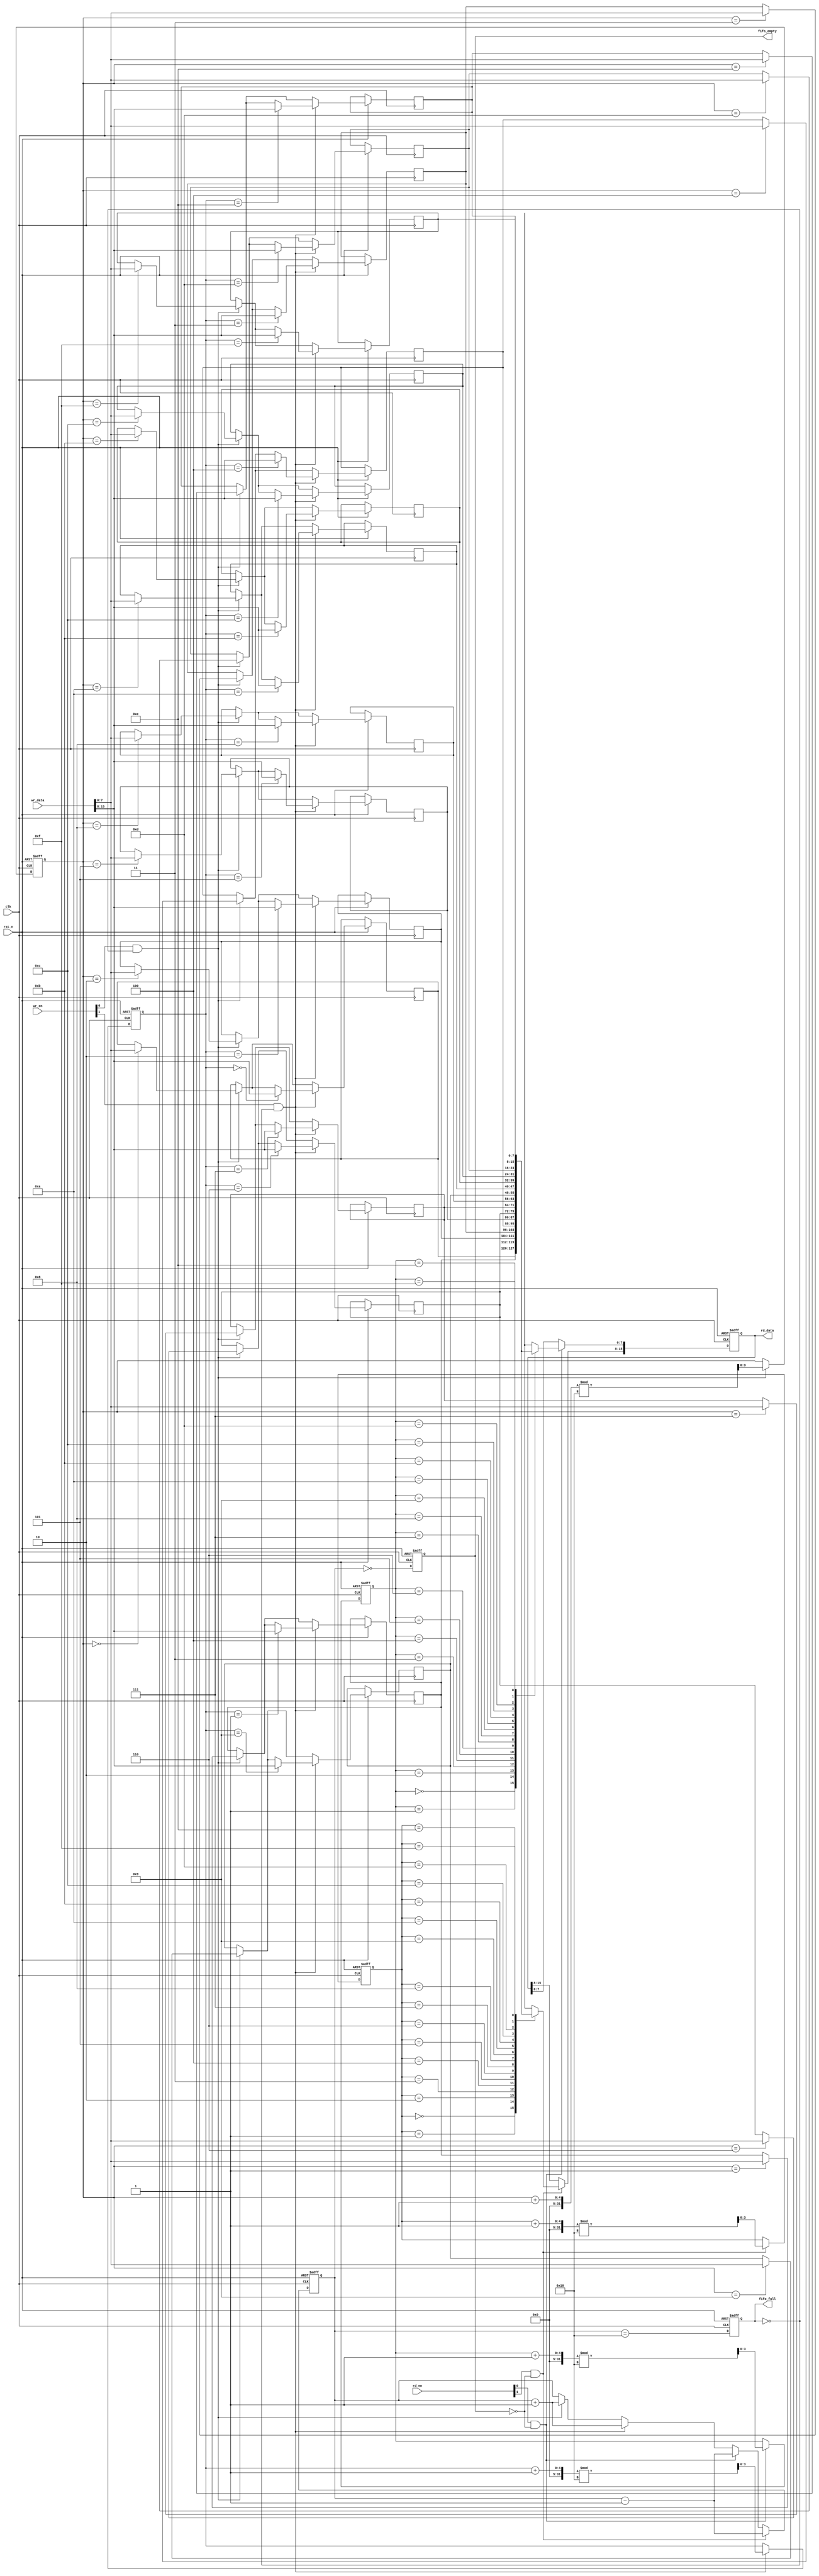
module multiport_fifo #(
    parameter DATA_WIDTH = 8,    // Width of each data entry
    parameter FIFO_DEPTH = 16,    // Depth of the FIFO
    parameter NUM_READ_PORTS = 2, // Number of read ports
    parameter NUM_WRITE_PORTS = 2 // Number of write ports
)(
    input wire clk,
    input wire rst_n,
    
    // Write ports
    input wire [NUM_WRITE_PORTS-1:0] wr_en,          // Write enable for each port
    input wire [NUM_WRITE_PORTS*DATA_WIDTH-1:0] wr_data, // Write data for each port
    
    // Read ports
    input wire [NUM_READ_PORTS-1:0] rd_en,            // Read enable for each port
    output reg [NUM_READ_PORTS*DATA_WIDTH-1:0] rd_data, // Read data for each port
    
    // Status flags
    output reg fifo_full,
    output reg fifo_empty
);

    // Internal memory array
    reg [DATA_WIDTH-1:0] fifo_mem [0:FIFO_DEPTH-1];
    
    // Pointers
    reg [$clog2(FIFO_DEPTH)-1:0] wr_ptr [0:NUM_WRITE_PORTS-1];
    reg [$clog2(FIFO_DEPTH)-1:0] rd_ptr [0:NUM_READ_PORTS-1];
    reg [$clog2(FIFO_DEPTH+1)-1:0] count; // Count of valid entries

    // Initialize pointers and flags
    integer i;
    always @(posedge clk or negedge rst_n) begin
        if (!rst_n) begin
            for (i = 0; i < NUM_WRITE_PORTS; i = i + 1) begin
                wr_ptr[i] <= 0;
            end
            for (i = 0; i < NUM_READ_PORTS; i = i + 1) begin
                rd_ptr[i] <= 0;
            end
            count <= 0;
            fifo_full <= 0;
            fifo_empty <= 1;
            rd_data <= 0;
        end else begin
            // Update FIFO status flags
            fifo_full <= (count == FIFO_DEPTH);
            fifo_empty <= (count == 0);
            
            // Handle write operations
            for (i = 0; i < NUM_WRITE_PORTS; i = i + 1) begin
                if (wr_en[i] && !fifo_full) begin
                    fifo_mem[wr_ptr[i]] <= wr_data[i*DATA_WIDTH +: DATA_WIDTH];
                    wr_ptr[i] <= (wr_ptr[i] + 1) % FIFO_DEPTH;
                    count <= count + 1;
                end
            end
            
            // Handle read operations
            for (i = 0; i < NUM_READ_PORTS; i = i + 1) begin
                if (rd_en[i] && !fifo_empty) begin
                    rd_data[i*DATA_WIDTH +: DATA_WIDTH] <= fifo_mem[rd_ptr[i]];
                    rd_ptr[i] <= (rd_ptr[i] + 1) % FIFO_DEPTH;
                    count <= count - 1;
                end
            end
        end
    end

endmodule